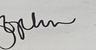
Signature authenticity: genuine